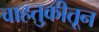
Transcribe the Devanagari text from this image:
वाहतुकीतून